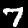
Digit: 7